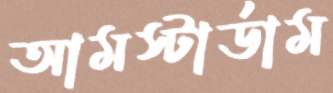
আমস্টার্ডাম